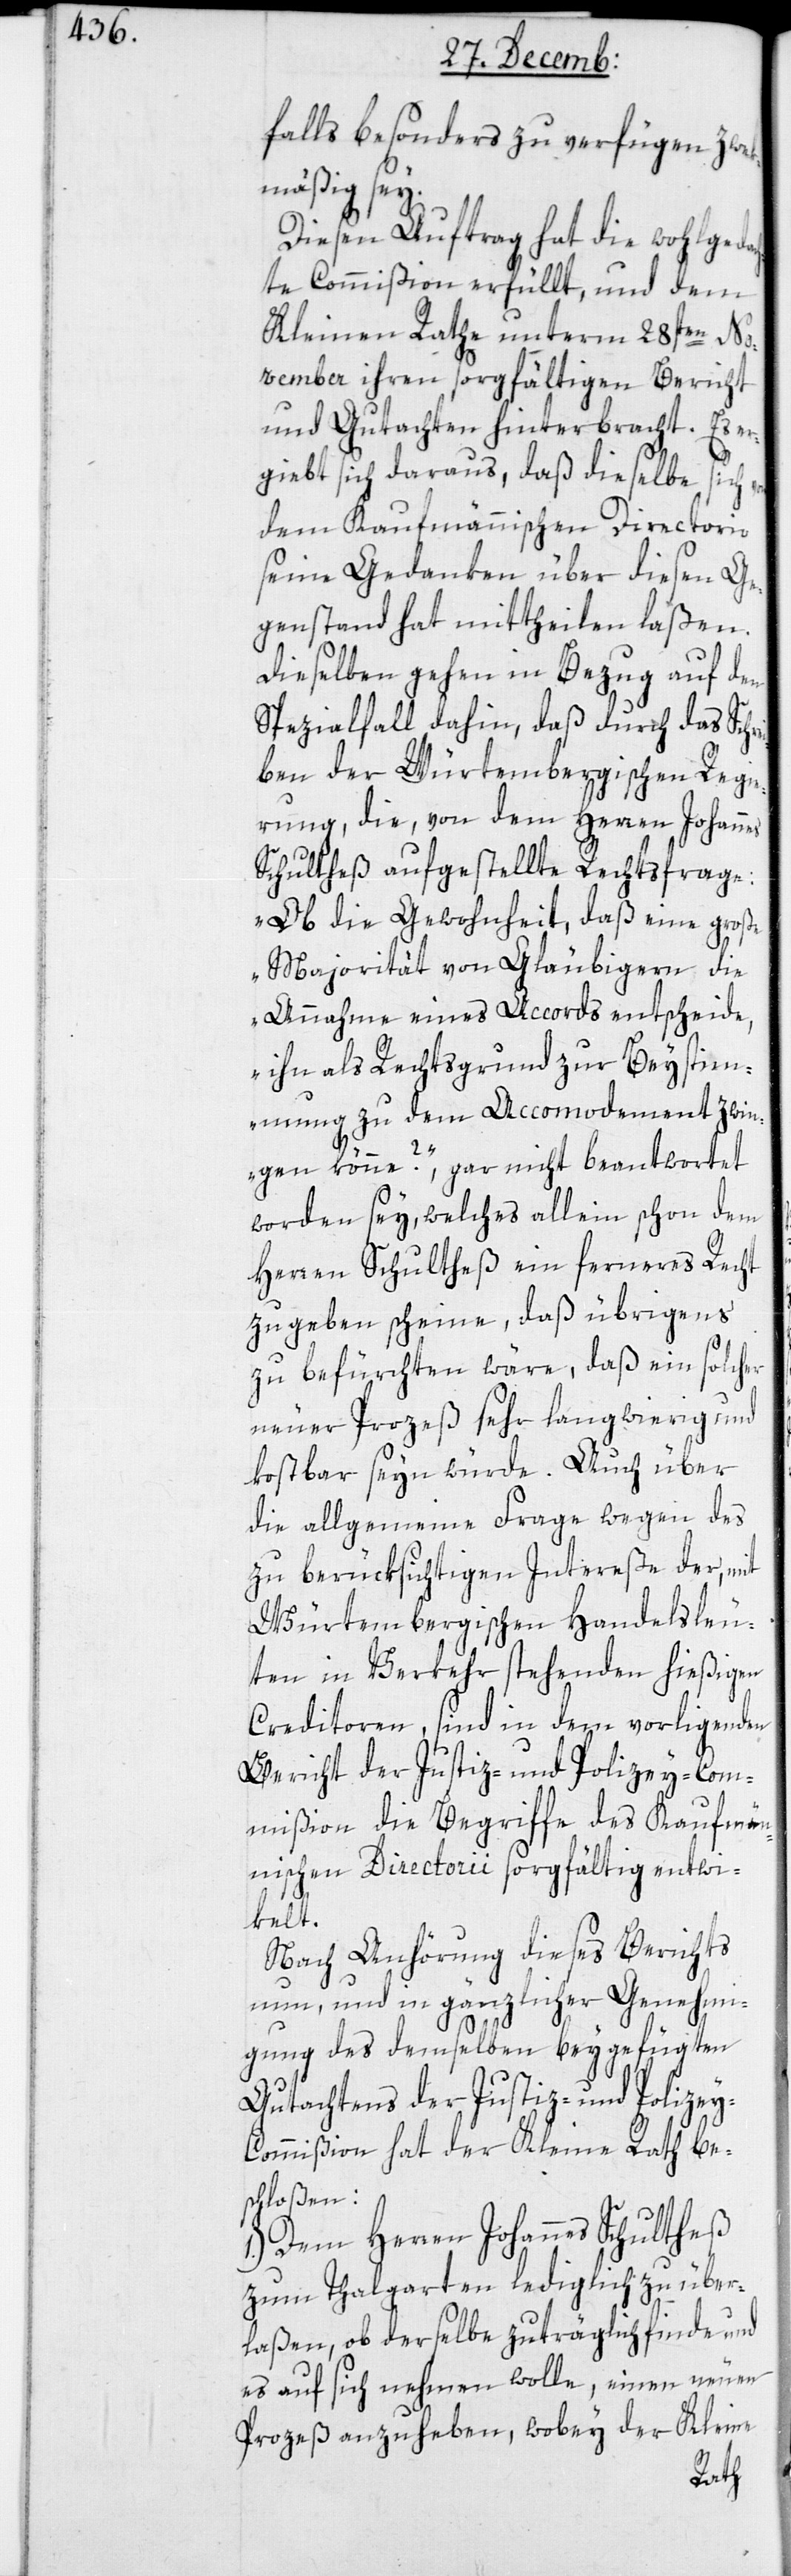
falls besonders zu verfügen zwek¬
mäßig sey.
Diesen Auftrag hat die wohlgedac¬
hte Commißion erfüllt und dem
Kleinen Rathe unterm 28sten No¬
vember ihren sorgfältigen Bericht
und Gutachten hinterbracht. Es er¬
giebt sich daraus, daß dieselbe sich von
dem Kaufmännischen Directorio
seine Gedanken über diesen Ge¬
genstand hat mittheilen laßen.
Dieselben gehen in Bezug auf den
Spezialfall dahin, daß durch das Schr¬
eiben der Würtembergischen Regie¬
rung, die von dem Herren Johannes
Schultheß aufgestellte Rechtsfrage:
„Ob die Gewohnheit, daß eine große
Majorität von Gläubigern die
Annahme eines Accords entscheide,
ihn als Rechtsgrund zur Beystim¬
mung zu dem Accommodement zwin¬
gen könne?“, gar nicht beantwortet
worden sey, welches allein schon dem
Herren Schultheß ein ferneres Recht
zu geben scheine, daß übrigens
zu befürchten wäre, daß ein solcher
neuer Prozeß sehr langwierig und
kostbar seyn würde. Auch über
die allgemeine Frage wegen des
zu berücksichtigen Intereße der, mit
Würtembergischen Handelsleu¬
ten in Verkehr stehenden hießigen
Creditoren, sind in dem vorliegenden
Bericht der Justiz- und Polizey-Com¬
mißion die Begriffe des Kaufmän¬
nischen Directorii sorgfältig entwi¬
kelt.
Nach Anhörung dieses Berichts
nun, und in gänzlicher Genehmi¬
gung des demselben beygefügten
Gutachtens der Justiz- und Polize¬
y-Commißion hat der Kleine Rath be¬
schloßen:
1.) Dem Herren Johannes Schultheß
zum Thalgarten lediglich zu über¬
laßen, ob derselbe zuträglich finde, und
es auf sich nehmen wolle, einen neuen
Prozeß anzuheben, wobey der Kleine